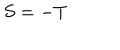
S = - T